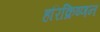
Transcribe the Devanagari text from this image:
हरिक्रिष्णन